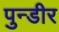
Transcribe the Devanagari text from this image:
पुन्डीर